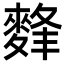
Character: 䴶